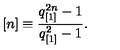
[ n ] \equiv \frac { q _ { [ 1 ] } ^ { 2 n } - 1 } { q _ { [ 1 ] } ^ { 2 } - 1 } .